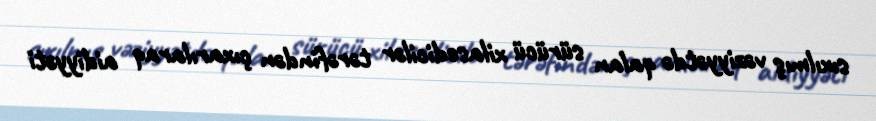
sıxılmış vəziyyətdə qalan sürücü xilasedicilər tərəfindən çıxarılaraq aidiyyəti